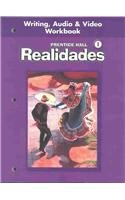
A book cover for Realidades, Level 1: Writing, Audio and Video Workbook; Prentice Hall; Teen & Young Adult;